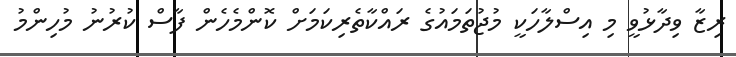
ރިޒާ ވިދާޅުވީ މި އިސްލާހަކީ މުޖުތަމައުގެ ރައްކާތެރިކަމަށް ކޮންމެހެން ފާސް ކުރުނު މުހިންމު